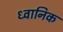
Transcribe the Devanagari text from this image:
ध्‍वानिक